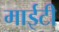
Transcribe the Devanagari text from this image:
माईटी